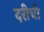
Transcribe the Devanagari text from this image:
दरीची